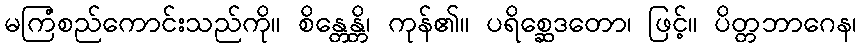
မကြံစည်ကောင်းသည်ကို။ စိန္တေန္တိ၊ ကုန်၏။ ပရိစ္ဆေဒတော၊ ဖြင့်။ ပိတ္တဘာဂေန၊